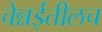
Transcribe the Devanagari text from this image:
चेन्नईतीलच